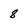
Character: 8